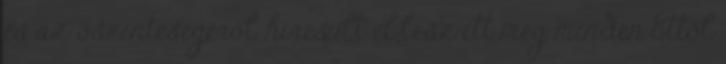
és az őszinteségéról híresült el,lesz itt még minden Ettől